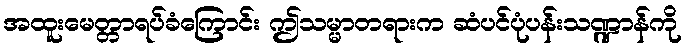
အထူးမေတ္တာရပ်ခံကြောင်း ဤသမ္မာတရားက ဆံပင်ပုံပန်းသဏ္ဍာန်ကို